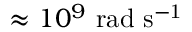
\approx 1 0 ^ { 9 } \ \mathrm { r a d \ s ^ { - 1 } }